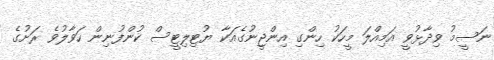
ނަސީމު ވިދާޅުވީ އަމިއްލަ މީހަކު ހިންގި އިންޖީނުގެއަކާ ޔުޓިލިޓީސް ކުންފުނިން ހަވާލުވެ ރަށުގެ